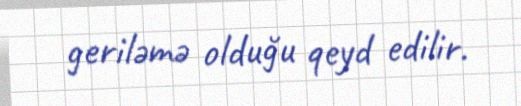
geriləmə olduğu qeyd edilir.